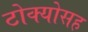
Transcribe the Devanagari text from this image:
टोक्योसह